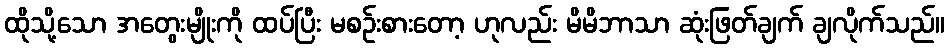
ထိုသို့သော အတွေးမျိုးကို ထပ်ပြီး မစဉ်းစားတော့ ဟုလည်း မိမိဘာသာ ဆုံးဖြတ်ချက် ချလိုက်သည်။